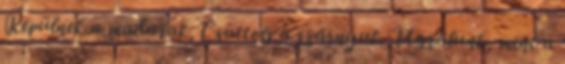
Repülnek a madarak, Csattog a szárnyuk. Ugrálunk, mint a